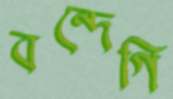
বন্দেগি